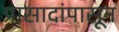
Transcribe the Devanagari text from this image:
प्रासादांपासून